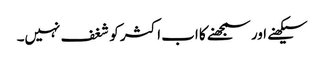
سیکھنے اور سمجھنے کا اب اکثر کو شغف نہیں۔